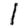
Digit: 1